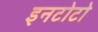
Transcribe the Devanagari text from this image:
इनटोटो